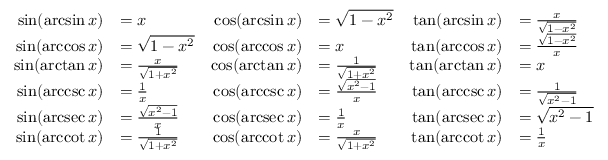
{ \begin{array} { r l r l r l } { \sin ( \arcsin x ) } & { = x } & { \cos ( \arcsin x ) } & { = { \sqrt { 1 - x ^ { 2 } } } } & { \tan ( \arcsin x ) } & { = { \frac { x } { \sqrt { 1 - x ^ { 2 } } } } } \\ { \sin ( \operatorname { a r c c o s } x ) } & { = { \sqrt { 1 - x ^ { 2 } } } } & { \cos ( \operatorname { a r c c o s } x ) } & { = x } & { \tan ( \operatorname { a r c c o s } x ) } & { = { \frac { \sqrt { 1 - x ^ { 2 } } } { x } } } \\ { \sin ( \arctan x ) } & { = { \frac { x } { \sqrt { 1 + x ^ { 2 } } } } } & { \cos ( \arctan x ) } & { = { \frac { 1 } { \sqrt { 1 + x ^ { 2 } } } } } & { \tan ( \arctan x ) } & { = x } \\ { \sin ( \operatorname { a r c c s c } x ) } & { = { \frac { 1 } { x } } } & { \cos ( \operatorname { a r c c s c } x ) } & { = { \frac { \sqrt { x ^ { 2 } - 1 } } { x } } } & { \tan ( \operatorname { a r c c s c } x ) } & { = { \frac { 1 } { \sqrt { x ^ { 2 } - 1 } } } } \\ { \sin ( \operatorname { a r c s e c } x ) } & { = { \frac { \sqrt { x ^ { 2 } - 1 } } { x } } } & { \cos ( \operatorname { a r c s e c } x ) } & { = { \frac { 1 } { x } } } & { \tan ( \operatorname { a r c s e c } x ) } & { = { \sqrt { x ^ { 2 } - 1 } } } \\ { \sin ( \operatorname { a r c c o t } x ) } & { = { \frac { 1 } { \sqrt { 1 + x ^ { 2 } } } } } & { \cos ( \operatorname { a r c c o t } x ) } & { = { \frac { x } { \sqrt { 1 + x ^ { 2 } } } } } & { \tan ( \operatorname { a r c c o t } x ) } & { = { \frac { 1 } { x } } } \end{array} }